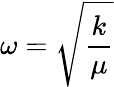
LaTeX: \omega={\sqrt{\frac{k}{\mu}}}